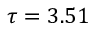
\tau = 3 . 5 1